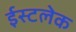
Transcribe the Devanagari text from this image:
ईस्टलेक